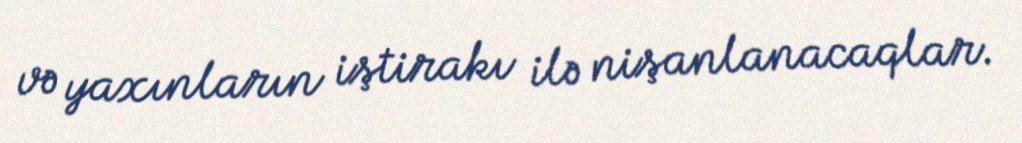
və yaxınların iştirakı ilə nişanlanacaqlar.